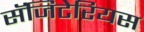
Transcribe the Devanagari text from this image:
सॅजिटेरियस